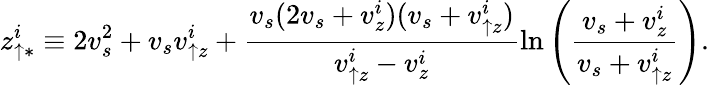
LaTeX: z_{\uparrow\ast}^{i}\equiv 2v_{s}^{2}+v_{s}v_{\uparrow z}^{i}+\frac{v_{s}(2v_{s}+v_{z}^{i})(v_{s}+v_{\uparrow z}^{i})}{v_{\uparrow z}^{i}-v_{z}^{i}}\ln\left(\frac{v_{s}+v_{z}^{i}}{v_{s}+v_{\uparrow z}^{i}}\right).